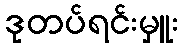
ဒုတပ်ရင်းမှူး